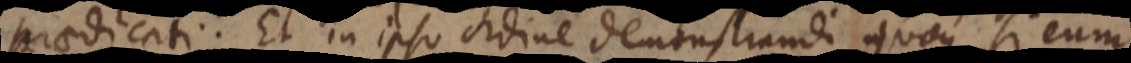
praedicati. Et in ipso ordine demonstrandi quoque, si eum